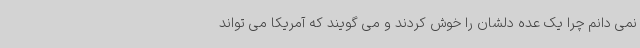
نمی دانم چرا یک عده دلشان را خوش کردند و می گویند که آمریکا می تواند